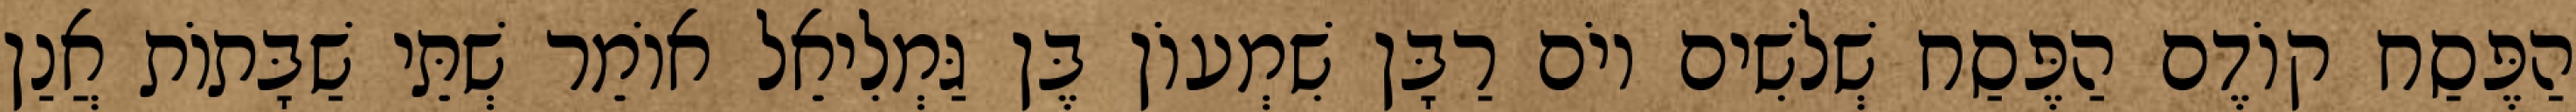
הַפֶּסַח קוֹדֶם הַפֶּסַח שְׁלֹשִׁים יוֹם רַבָּן שִׁמְעוֹן בֶּן גַּמְלִיאֵל אוֹמֵר שְׁתֵּי שַׁבָּתוֹת אֲנַן